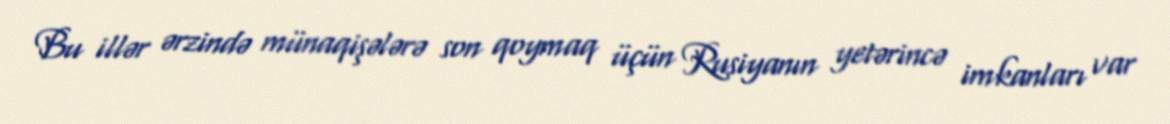
Bu illər ərzində münaqişələrə son qoymaq üçün Rusiyanın yetərincə imkanları var